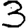
Digit: 3